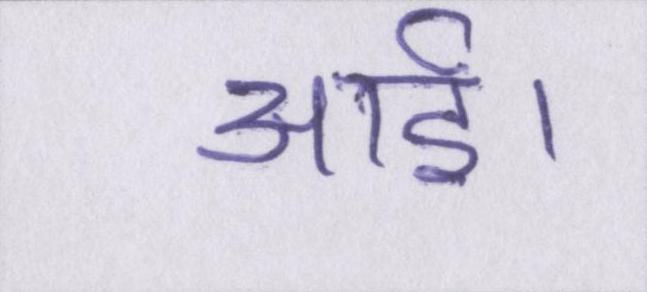
आई।